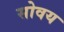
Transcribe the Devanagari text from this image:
सोवय